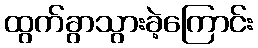
ထွက်ခွာသွားခဲ့ကြောင်း